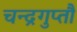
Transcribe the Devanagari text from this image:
चन्द्रगुप्तौ